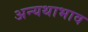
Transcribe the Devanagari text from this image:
अन्यथाभाव